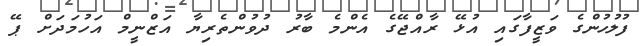
ފުލުހުންގެ ވަޒީފާގައި އުޅޭ ރާއްޖޭގެ އެންމެ ބާރު ދުވުންތެރިޔާ އަޒްނީމް އަހުމަދަށް ޕޭ